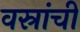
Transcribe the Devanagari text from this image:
वस्रांचीं